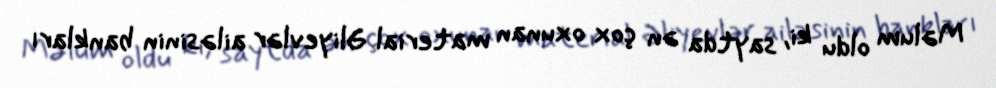
Məlum oldu ki, saytda ən çox oxunan material Əliyevlər ailəsinin bankları